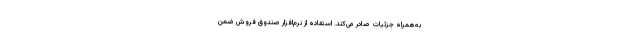
به‌همراه جزئیات صادر می‌کند. استفاده از نرم‌افزار صندوق فروش ضمن